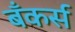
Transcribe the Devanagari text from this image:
बँकर्स